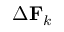
\Delta \mathbf { F } _ { k }